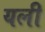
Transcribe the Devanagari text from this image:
यली